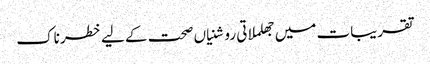
تقریبات میں جھلملاتی روشنیاں صحت کے لیے خطرناک